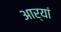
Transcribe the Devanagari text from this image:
आर्यां